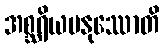
အစ္ဆရိယမနုဿောတိ